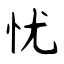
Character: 忧